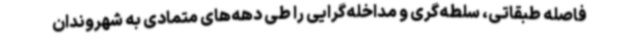
فاصله طبقاتی، سلطه‌گری و مداخله‌گرایی را طی دهه‌های متمادی به شهروندان